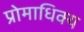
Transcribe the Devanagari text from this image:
प्रोमाधिक्य